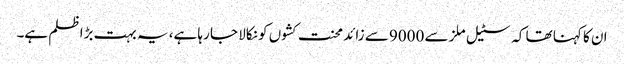
ان کا کہنا تھا کہ سٹیل ملز سے 9000 سے زائد محنت کشوں کو نکالا جا رہا ہے، یہ بہت بڑا ظلم ہے۔